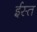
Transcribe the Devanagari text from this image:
ईस्त